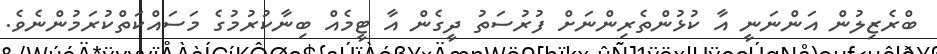
ބްރެޒިލުން އަންނަނީ އާ ކުޅުންތެރިންނަށް ފުރުސަތު ދީގެން އާ ޓީމެއް ބިނާކުރުމުގެ މަސައްކަތްކުރަމުންނެވެ.